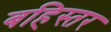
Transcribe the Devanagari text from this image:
बहिस्तर